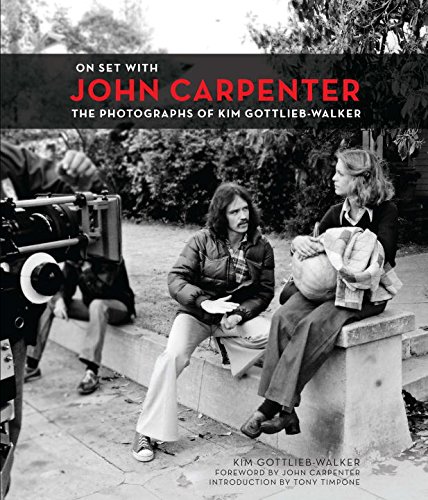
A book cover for On Set with John Carpenter; Kim Gottlieb-Walker; Humor & Entertainment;